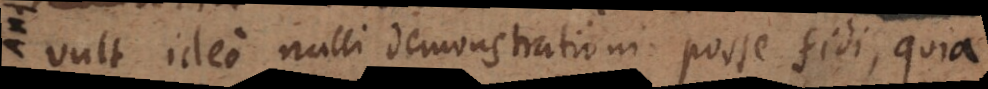
vult ideo nulli demonstrationi posse fidi, quia